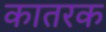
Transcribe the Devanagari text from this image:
कातरक